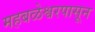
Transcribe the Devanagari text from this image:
महबळेश्वरपासून